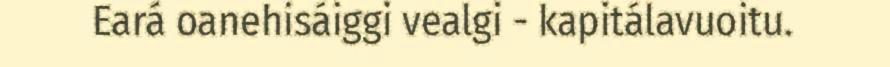
Eará oanehisáiggi vealgi - kapitálavuoitu.